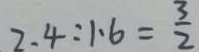
2 . 4 : 1 . 6 = \frac { 3 } { 2 }